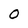
Character: 0